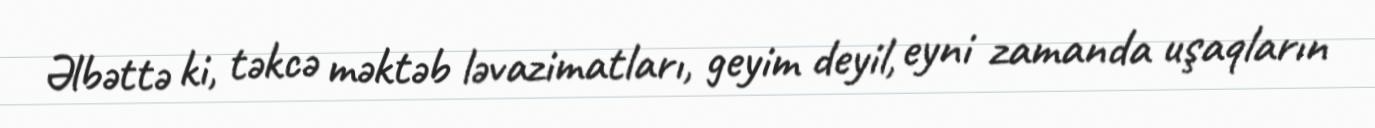
Əlbəttə ki, təkcə məktəb ləvazimatları, geyim deyil, eyni zamanda uşaqların